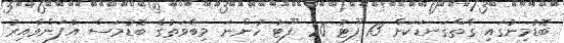
ބޮޑުމިނުގައި ގާތްގަނޑަކަށް 13 ފޫޓު 20 ފޫޓު ހުންނަ މިބާވަތުގެ ބޮޑުމަސް އުފަންވާއިރު